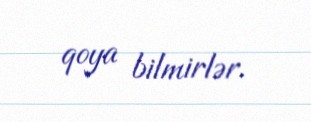
qoya bilmirlər.